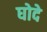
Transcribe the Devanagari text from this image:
घोदे